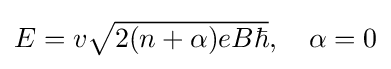
{\textstyle E=v{\sqrt {2(n+\alpha )eB\hbar }},\quad \alpha =0}